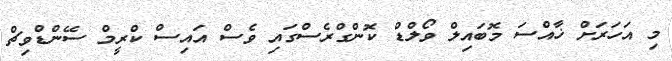
މި އަހަރަށް ޚާއްސަ މޮބައިލް ވޯލްޑް ކޮންގްރެސްގައި ވެސް އައިސް ކްރީމް ސޭންޑްވިޗް